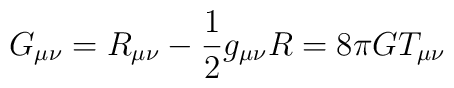
G_{\mu\nu}= R_{\mu\nu}-\frac{1}{2}g_{\mu\nu}R = 8\pi G T_{\mu\nu}\